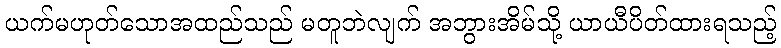
ယက်မဟုတ်သောအထည်သည် မတူဘဲလျက် အဘွားအိမ်သို့ ယာယီပိတ်ထားရသည့်